65_HS1-834228961_62-HQ-83894_Section_9
Agency: FBI
Page 52
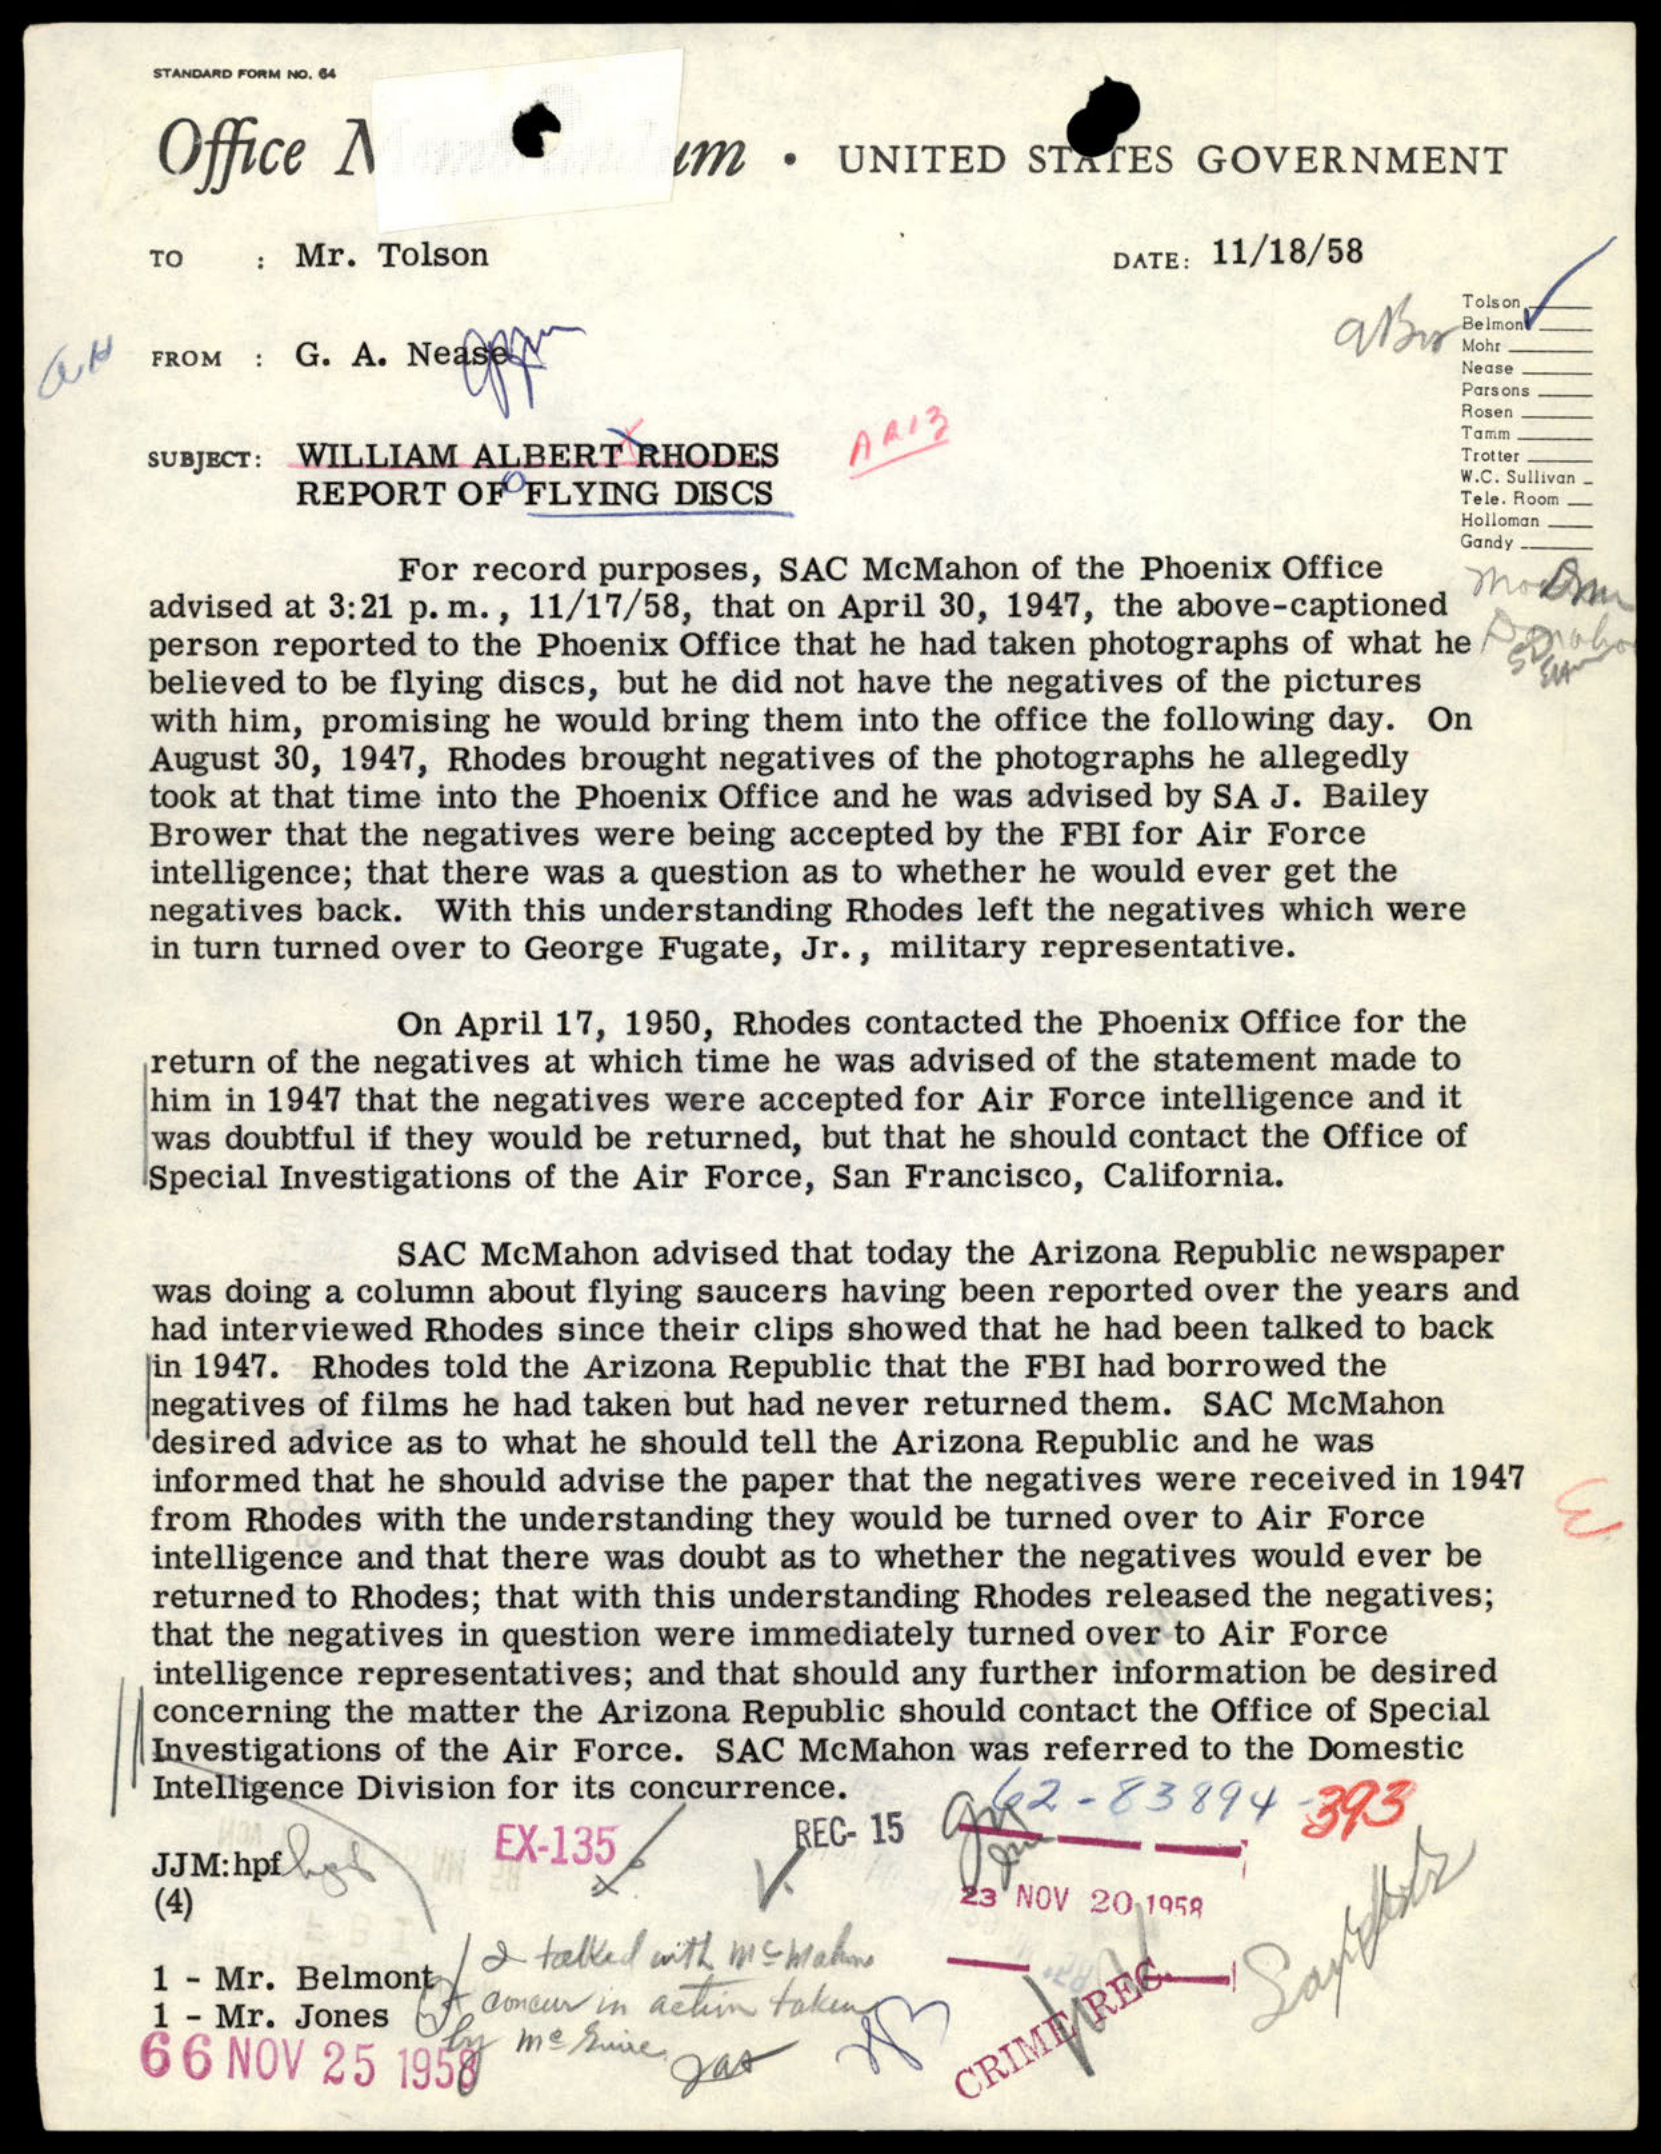